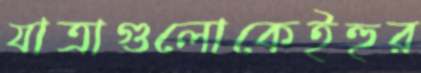
যাত্রাগুলোকেইহুর